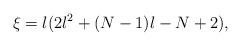
LaTeX: \begin{align*}\xi=l(2l^2+(N-1)l-N+2),\end{align*}